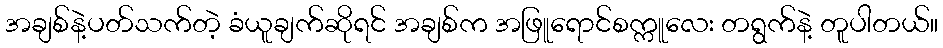
အချစ်နဲ့ပတ်သက်တဲ့ ခံယူချက်ဆိုရင် အချစ်က အဖြူရောင်စက္ကူလေး တရွက်နဲ့ တူပါတယ်။